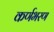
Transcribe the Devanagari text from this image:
कर्णभरण